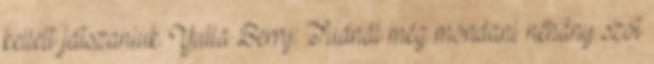
kellett játszaniuk. Yulia Berry: Tudnál még mondani néhány szót